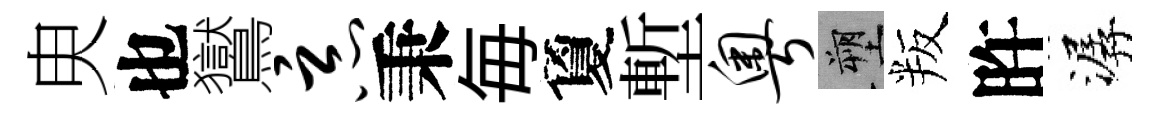
㬰也鸑恶秉毎夐塹粤塑叛旿潺